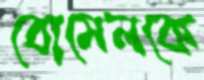
বোমেলকে